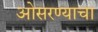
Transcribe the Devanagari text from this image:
ओसरण्याचा